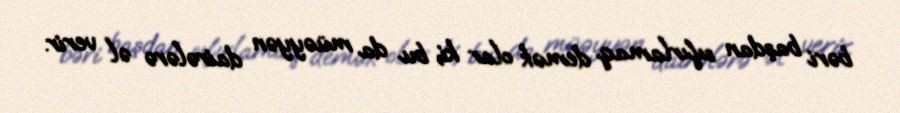
bəri başdan sıfırlamaq demək olar ki, bu da müəyyən dairələrə əl verir.